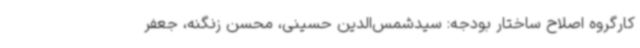
کارگروه اصلاح ساختار بودجه: سیدشمس‌الدین حسینی، محسن زنگنه، جعفر